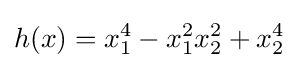
h(x)=x_{1}^{4}-x_{1}^{2}x_{2}^{2}+x_{2}^{4}